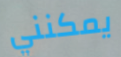
يمكنني